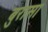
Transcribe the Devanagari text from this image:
बुरासा